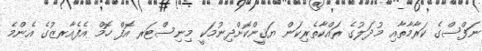
ނަފްސްގެ ކަރާމާތާއި މުދަލުގެ ރައްކާތެރިކަން ޔަޤީންކޮށްދިނުމަކީ މިނިސްޓަރ އޮފް ހޮމް އެފެއާރޒުގެ އެންމެ